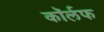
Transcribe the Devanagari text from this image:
कॉर्लफ